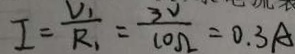
I = \frac { V _ { 1 } } { R _ { 1 } } = \frac { 3 V } { 1 0 \Omega } = 0 . 3 A